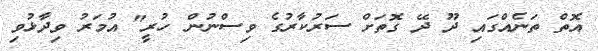
އޮތް ތަނެއްގައި ދޫ ދޭ ގޮތަށް ސަރުކާރުގެ ވިސްނުން ހުރީ" އުމަރު ވިދާޅުވި